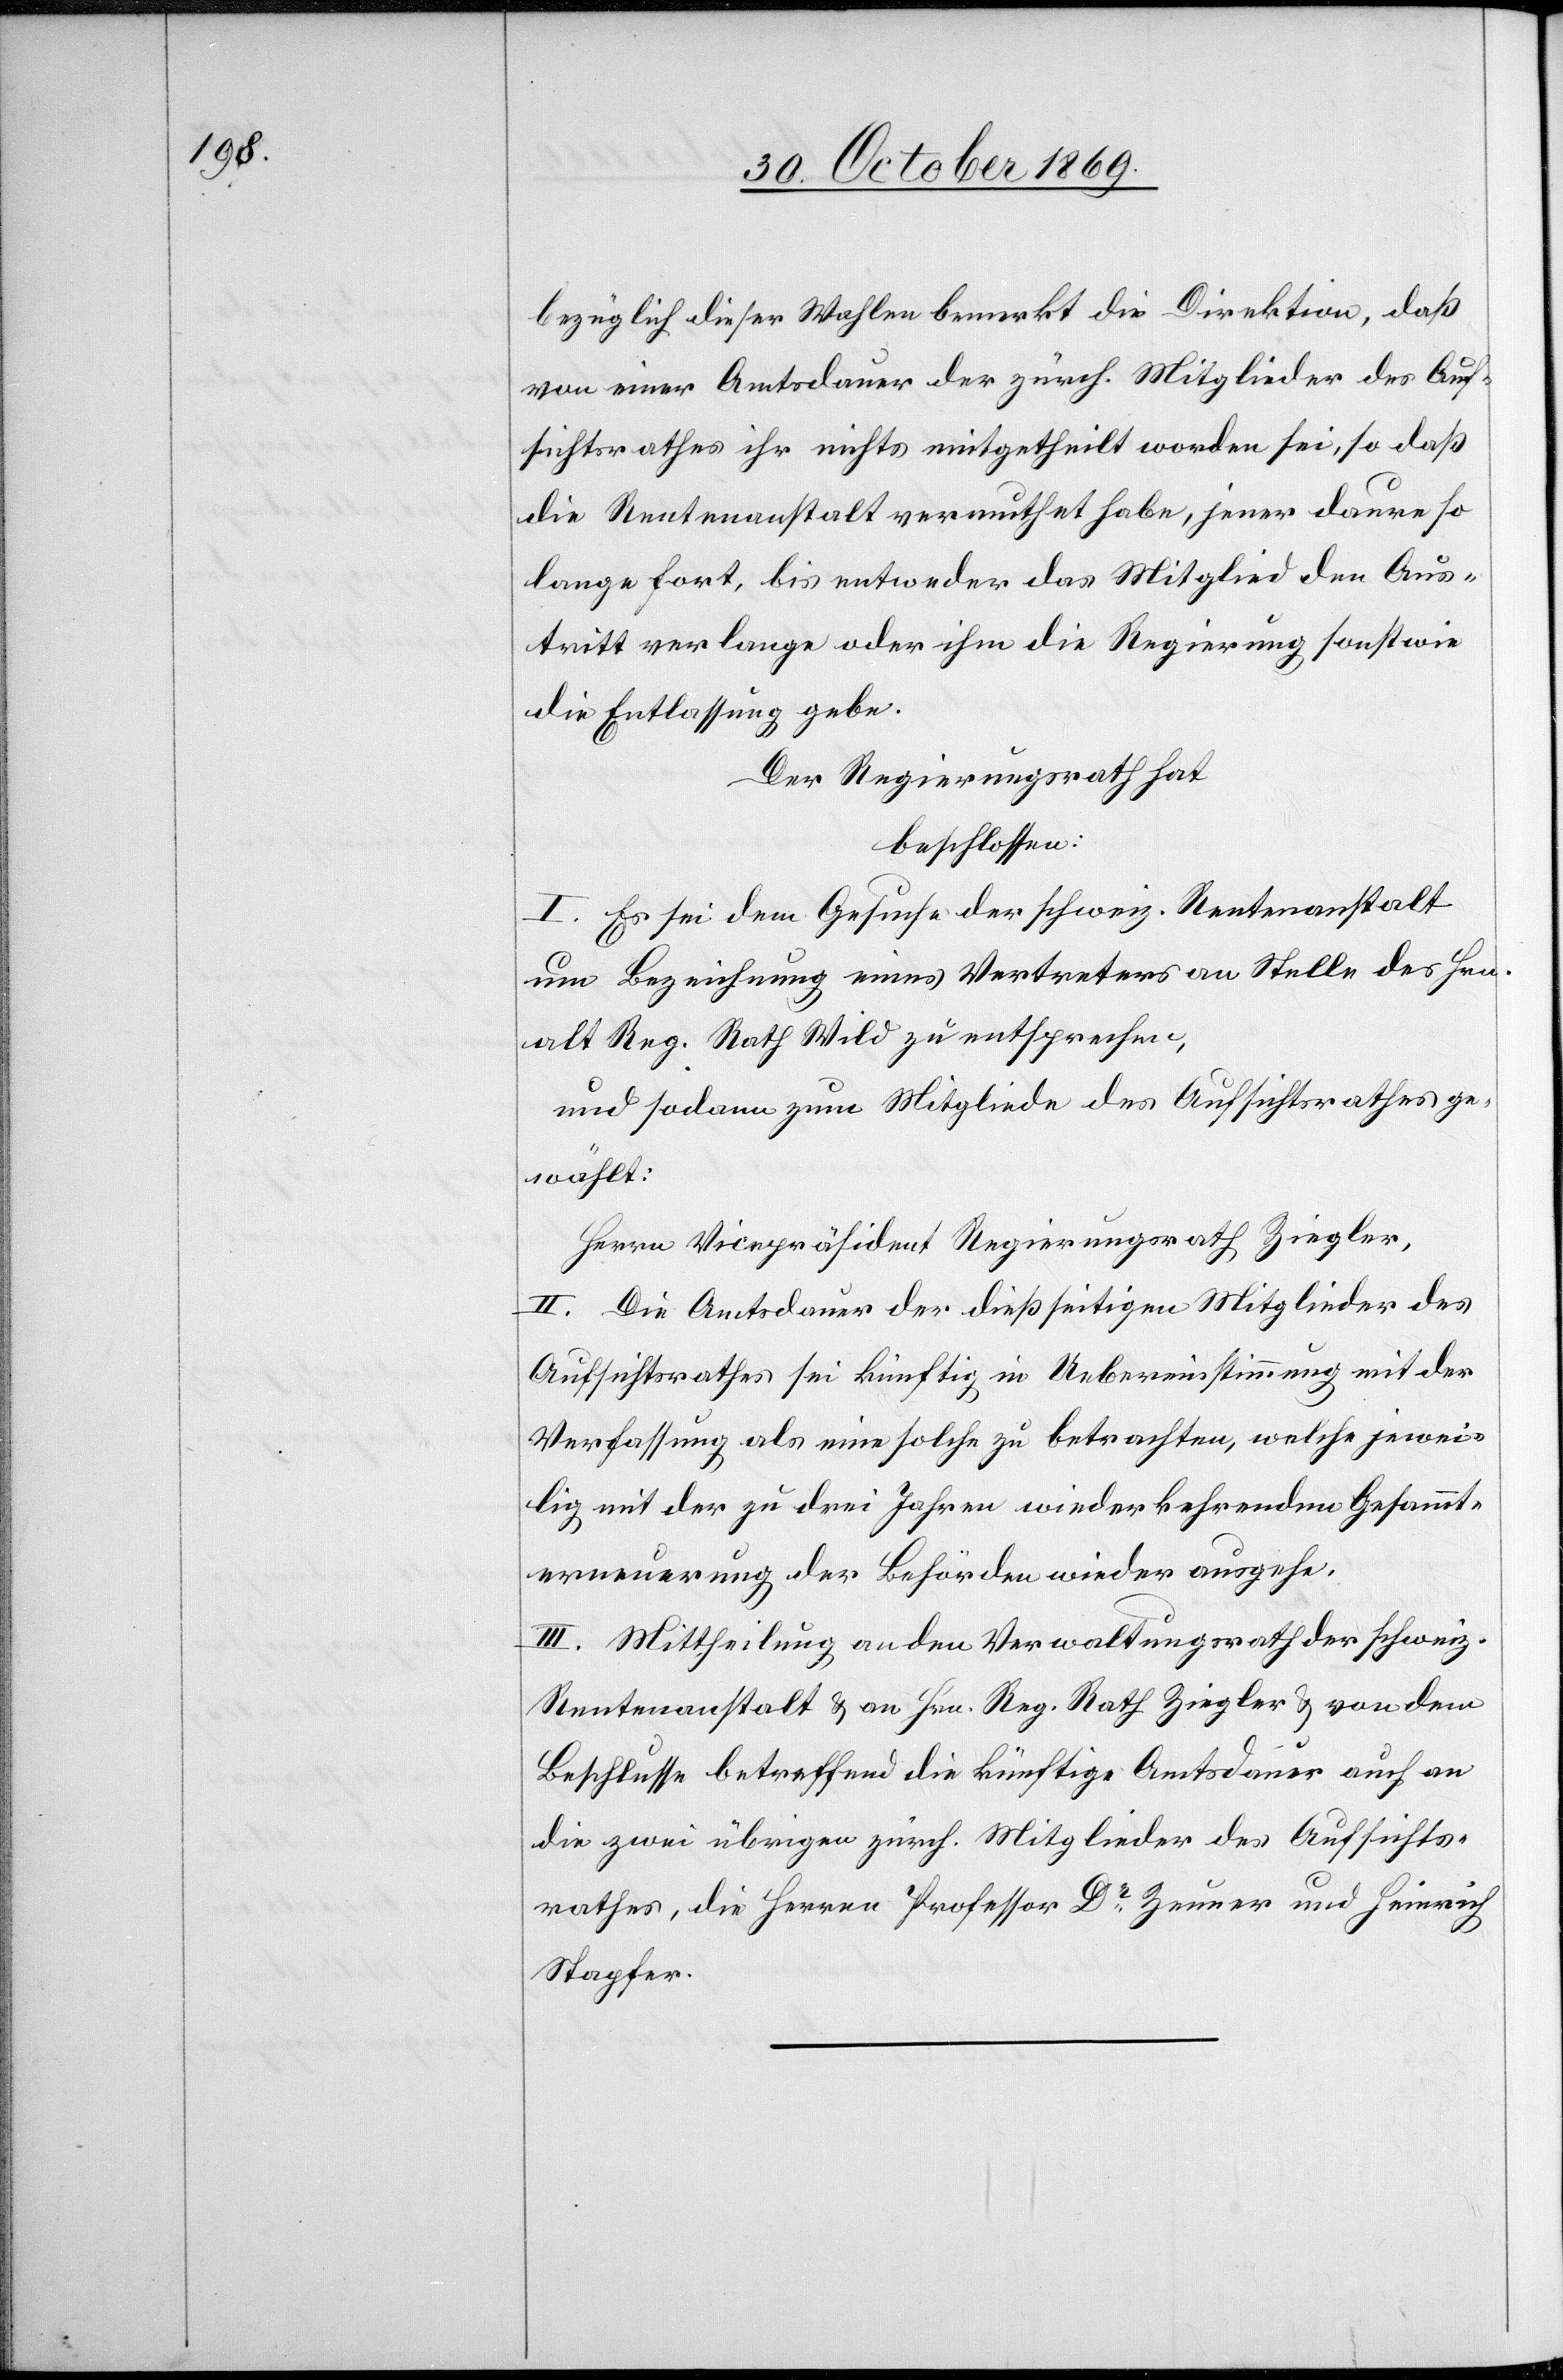
bezüglich dieser Wahlen bemerkt die Direktion, daß
von einer Amtsdauer der zürch. Mitglieder des Auf¬
sichtsrathes ihr nichts mitgetheilt worden sei, so daß
die Rentenanstalt vermuthet habe, jener daure so
lange fort, bis entweder das Mitglied den Aus¬
tritt verlange oder ihm die Regierung sonstwie
die Entlassung gebe.
Der Regierungsrath hat
beschlossen:
I. Es sei dem Gesuche der schweiz. Rentenanstalt
um Bezeichnung eines Vertreters an Stelle des Hrn.
alt Reg. Rath Wild zu entsprechen,
und sodann zum Mitgliede des Aufsichtsrathes ge¬
wählt:
Herrn Vicepräsident Regierungsrath Ziegler.
II. Die Amtsdauer der dießseitigen Mitglieder des
Aufsichtsrathes sei künftig in Uebereinstimmung mit der
Verfassung als eine solche zu betrachten, welche jewei¬
lig mit der zu drei Jahren wiederkehrenden Gesammt¬
erneuerung der Behörden wieder ausgehe.
III. Mittheilung an den Verwaltungsrath der schweiz.
Rentenanstalt & an Hrn. Reg. Rath Ziegler & von dem
Beschlusse betreffend die künftige Amtsdauer auch an
die zwei übrigen zürch. Mitglieder des Aufsichts¬
rathes, die Herren Professor Dr Zeuner und Heinrich
Stapfer.